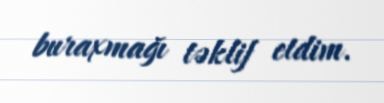
buraxmağı təklif etdim.